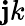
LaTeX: \mathbf{j}k